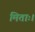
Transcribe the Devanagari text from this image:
मिताः।